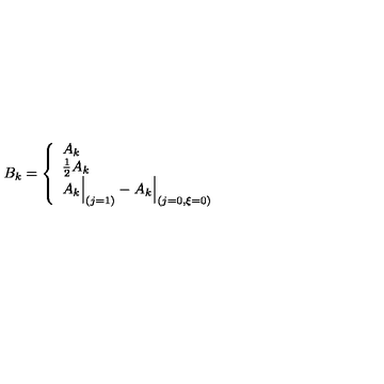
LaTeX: \setcounter { e q u a t i o n } { 1 7 5 } B _ { k } = \left\{ \begin{array} { l l } { A _ { k } } \\ { { \frac { 1 } { 2 } } A _ { k } } \\ { A _ { k } \Big \vert _ { ( j = 1 ) } - A _ { k } \Big \vert _ { ( j = 0 , \xi = 0 ) } } \\ \end{array} \right.